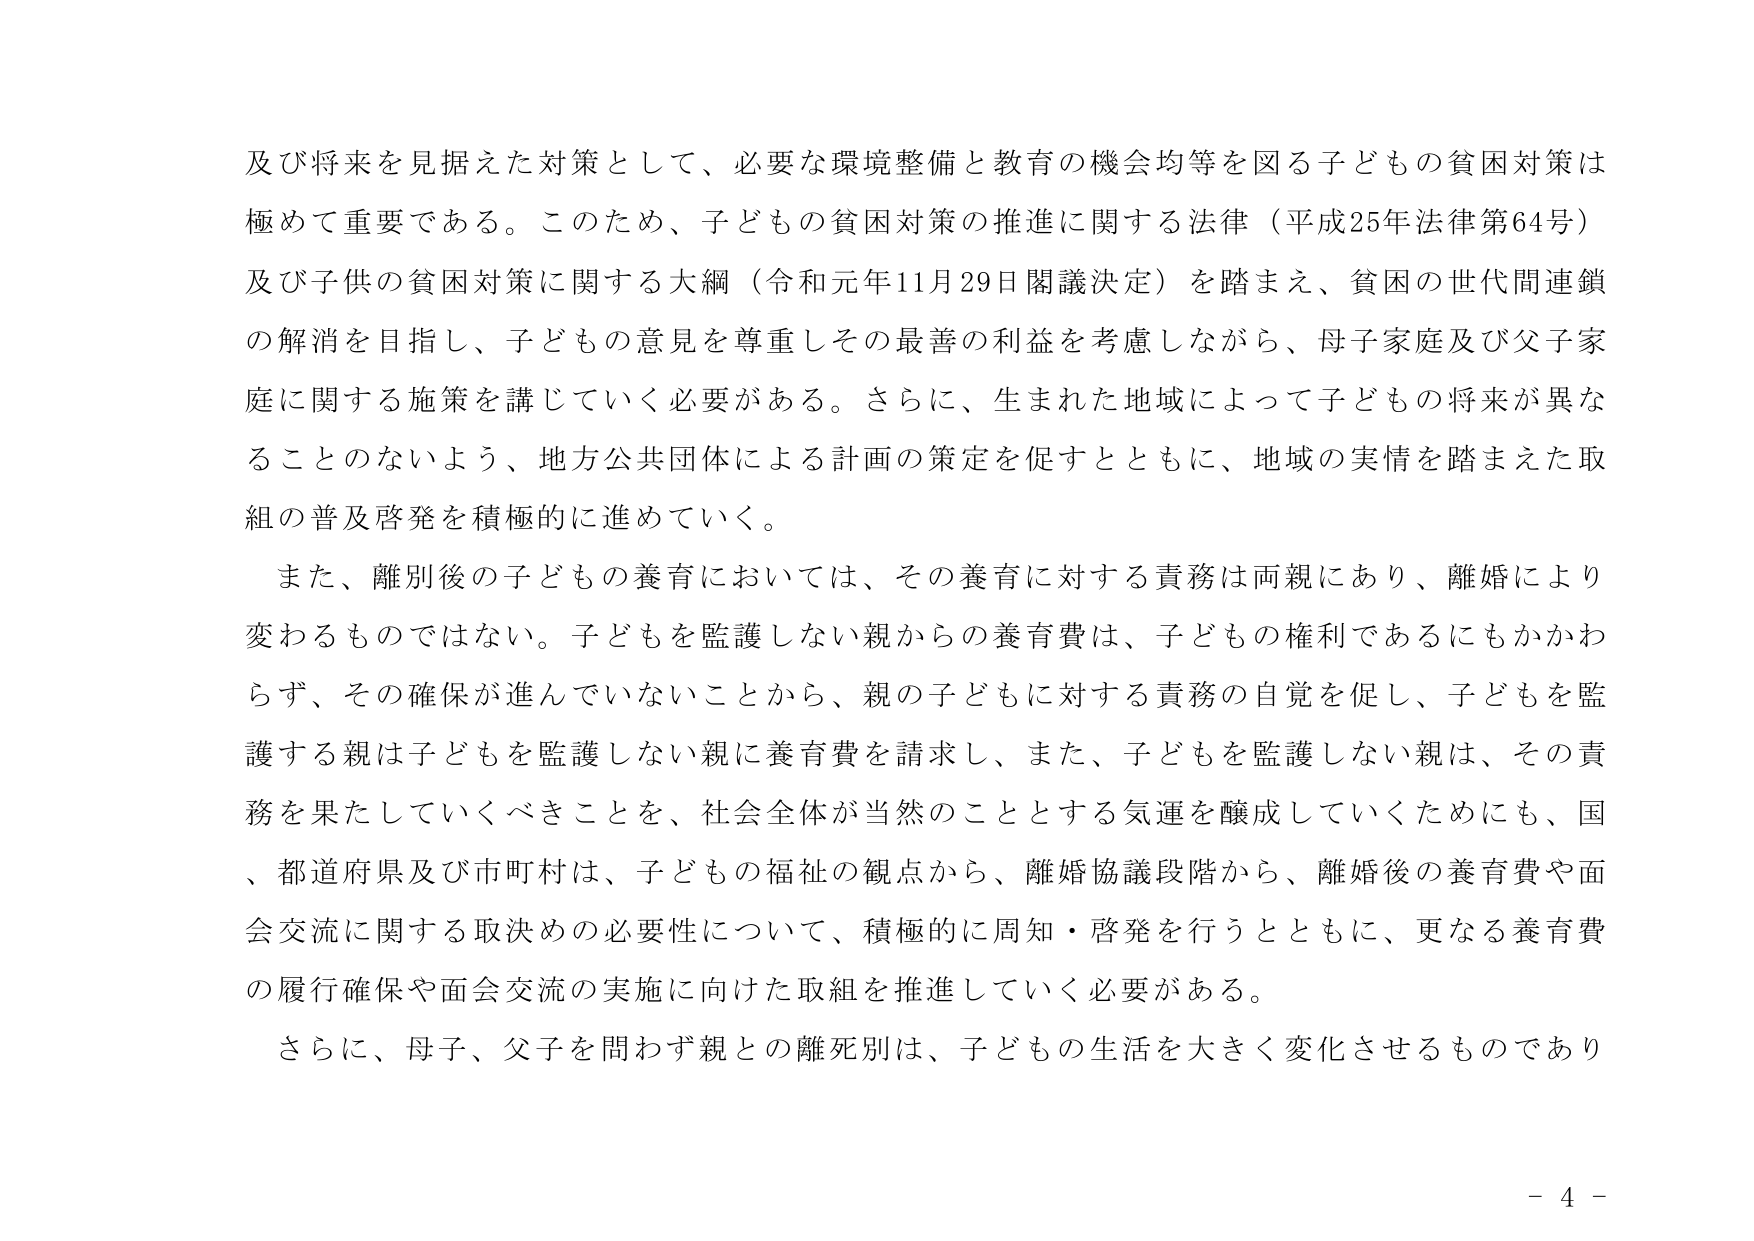
及び将来を見据えた対策として、必要な環境整備と教育の機会均等を図る子どもの貧困対策は極めて重要である。このため、子どもの貧困対策の推進に関する法律（平成25年法律第64号）及び子供の貧困対策に関する大綱（令和元年11月29日閣議決定）を踏まえ、貧困の世代間連鎖の解消を目指し、子どもの意見を尊重しその最善の利益を考慮しながら、母子家庭及び父子家庭に関する施策を講じていく必要がある。さらに、生まれた地域によって子どもの将来が異なることのないよう、地方公共団体による計画の策定を促すとともに、地域の実情を踏まえた取組の普及啓発を積極的に進めていく。

また、離別後の子どもの養育においては、その養育に対する責務は両親にあり、離婚により変わるものではない。子どもを監護しない親からの養育費は、子どもの権利であるにもかかわらず、その確保が進んでいないことから、親の子どもに対する責務の自覚を促し、子どもを監護する親は子どもを監護しない親に養育費を請求し、また、子どもを監護しない親は、その責務を果たしていくべきことを、社会全体が当然のこととする気運を醸成していくためにも、国、都道府県及び市町村は、子どもの福祉の観点から、離婚協議段階から、離婚後の養育費や面会交流に関する取決めの必要性について、積極的に周知・啓発を行うとともに、更なる養育費の履行確保や面会交流の実施に向けた取組を推進していく必要がある。

さらに、母子、父子を問わず親との離死別は、子どもの生活を大きく変化させるものであり

- 4 -